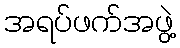
အရပ်ဖက်အဖွဲ့